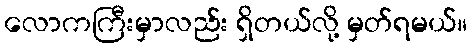
လောကကြီးမှာလည်း ရှိတယ်လို့ မှတ်ရမယ်။